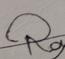
Signature authenticity: genuine